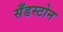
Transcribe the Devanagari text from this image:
सँडस्टोन